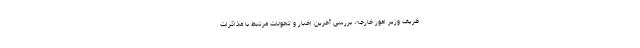
ظریف وزیر امور خارجه، بررسی آخرین اخبار و تحولات مرتبط با مذاکرات